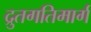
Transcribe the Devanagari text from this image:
द्रुतगतिमार्ग